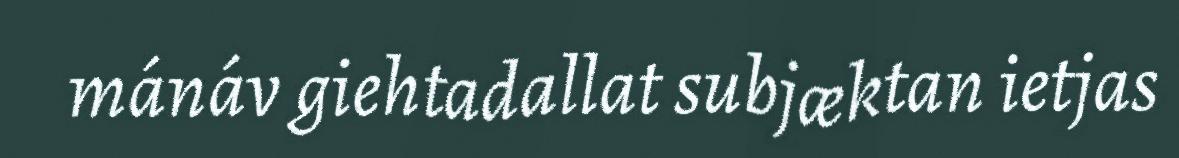
mánáv giehtadallat subjæktan ietjas